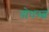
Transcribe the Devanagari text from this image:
बोधस्त्वं